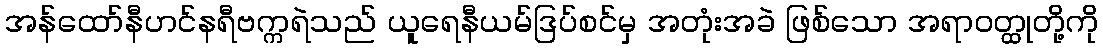
အန်ထော်နီဟင်နရီဗက္ကရဲသည် ယူရေနီယမ်ဒြပ်စင်မှ အတုံးအခဲ ဖြစ်သော အရာဝတ္ထုတို့ကို